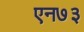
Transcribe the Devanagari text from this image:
एन७३